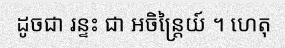
ដូចជា រន្ទះ ជា អចិន្ត្រៃយ៍ ។ ហេតុ